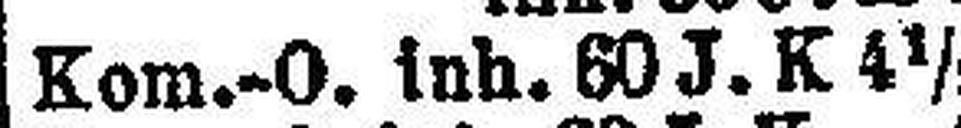
Kom.-O. inh. 60 J. K 4½